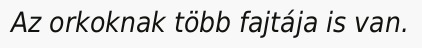
Az orkoknak több fajtája is van.